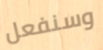
وسنفعل